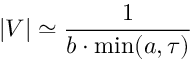
\left| V \right| \simeq \frac 1 { b \cdot \operatorname * { m i n } ( a , \tau ) }